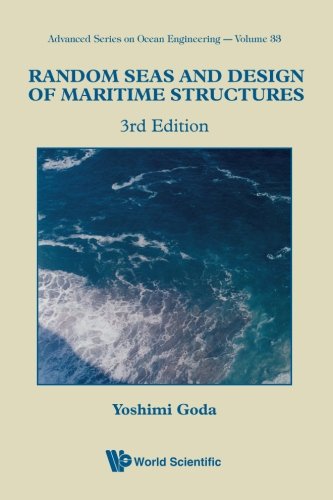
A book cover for Random Seas and Design of Maritime Structures (Ocean Engineering) (Advanced Series on Ocean Engineering); Yoshimi Goda; Engineering & Transportation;